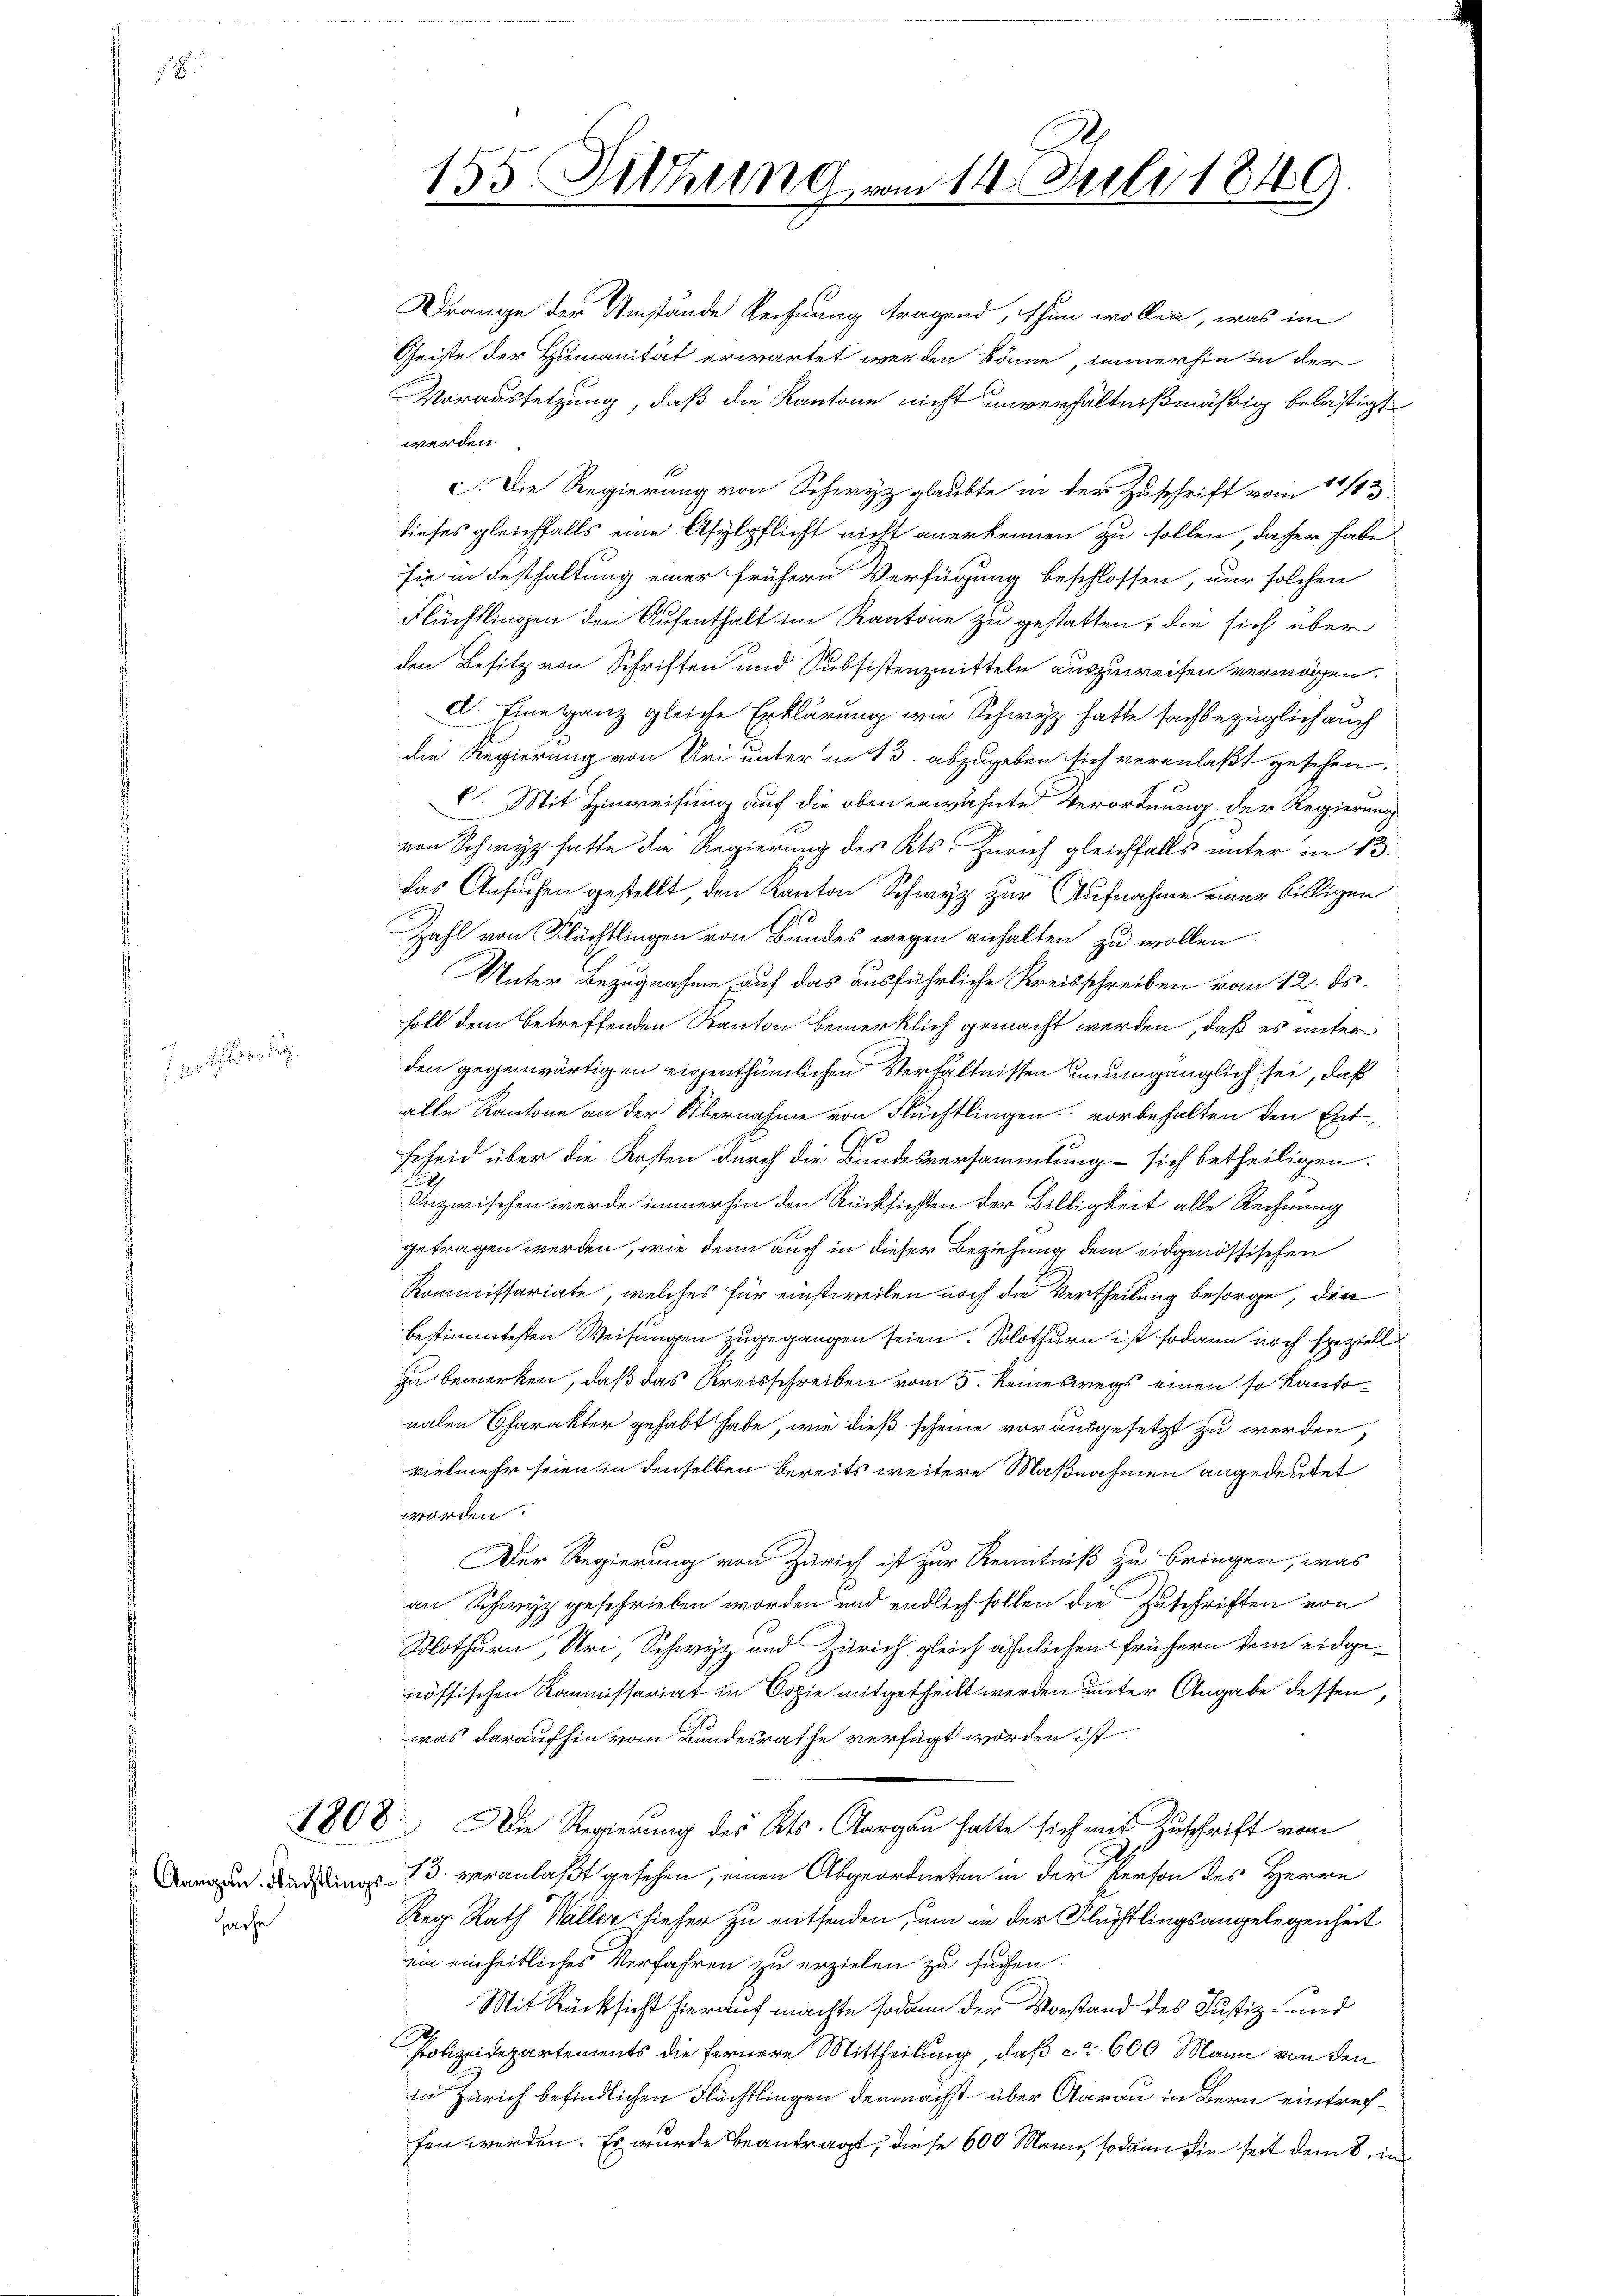
zer den Re

sache

Drange der Umstände Rechnung tragend, thun wollen, was im
Geiste der Humanität erwartet werden könne, immerhin in der
Voraussetzung, daß die Kantone nicht unverhältnißmäßig belästigt
werden
c. Die Regierung von Schwyz glaubte in der Zuschrift vom 11/13
dieses gleichfalls eine Asylpflicht nicht anerkennen zu sollen, daher habe
sie in Festhaltung einer frühern Verfügung beschlossen, nur solchen
Flüchtlingen den Aufenthalt im Kantone zu gestatten, die sich über
den Besitz von Schriften und Subsistenzmitteln auszuweisen vermögen.
d. Eine ganz gleiche Erklärung wie Schwyz hatte sachbezüglich auch
die Regierung von Uri unter in 13. abzugeben sich veranlaßt gesehen,
C. Mit Hinweisung auf die oben erwähnte Verordnung der Regierung
von Schwyz hatte die Regierung des Kts. Zürich gleichfalls unter in 13.
das Ansuchen gestellt, den Kanton Schwyz zur Aufnahme einer billigen
Zahl von Flüchtlingen von Bundes wegen anhalten zu wollen.
Unter Bezugnahme, auf das ausführliche Kreisschreiben vom 12. ds.
soll dem betreffenden Kanton bemerklich gemacht werden, daß es unter
den gegenwärtigen eigenthümlichen Verhältnissen unumgänglich sei, daß
alle Kantone an der Übernahme von Flüchtlingen - vorbehalten den Ent¬
Feseid über die Kosten durch die Bundesversammlung - sich betheiligen.
Inzwischen werde immerhin den Rücksichten der Billigkeit alle Rechnung
getragen werden, wie denn auch in dieser Beziehung dem eidgenössischen
Kommissariate, welches für einstweilen noch die Vertheilung besorge, den
bestimmtesten Weisungen zugegangen seien. Solothurn ist sodann noch speziell
zu bemerken, daß das Kreisschreiben vom 5. Keineswegs einen so kantonalen Charakter gehabt habe, wie dieß scheine vorausgesetzt zu werden,
vielmehr seien in denselben bereits weitere Maßnahmen angedeutet
worden:
Der Regierung von Zürich ist zur Kenntniß zu bringen, was
an Schwyz geschrieben worden und endlich sollen die Zuschriften von
Solothurn, Uri, Schwyz und Zürich gleich ähnlichen frühern dem eidgenössischen Kommissariat in Copie mitgetheilt werden unter Angabe dessen,
was daraufhin vom Bundesrathe verfügt worden ist.
1808. Die Regierung des Kts. Aargau hatte sich mit Zuschrift vom
Dargen Bedings 13. veranlaßt gesehen, einen Abgeordneten in der Person des Herrn
Reg. Rath Waller hieher zu entsenden, um in der Flüchtlingsangelegenheit
ein einheitliches Verfahren zu erzielen zu suchen.
Mit Rücksicht hierauf machte sodann der Vorstand des Justiz- und
Polizeidepartements die fernere Mittheilung, daß ca 600 Mann von den
in Zürich befindlichen Flüchtlingen demnächst über Aarau in Bern eintrechfen werden. Es wurde beantragt, diese 600 Mann, sodann die seit dem 8. un

155. Sitzung vom 14. Juli 1849.
n